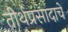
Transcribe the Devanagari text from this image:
तीर्थप्रसादाचे